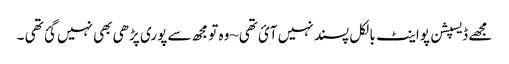
مجھے ڈیسپشن پواینٹ بالکل پسند نہیں آئ تھی~وہ تو مجھ سے پوری پڑھی بھی نہیں گئ تھی ۔